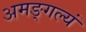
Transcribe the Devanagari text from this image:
अमङ्गल्यं